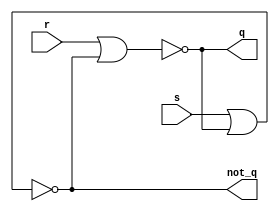
module rs_nor(
    input r,
    input s,
    output q,
    output not_q
    );
nor nor0(q, r, not_q);
nor nor1(not_q, s, q);
endmodule